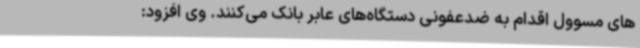
های مسوول اقدام به ضدعفونی دستگاه‌های عابر بانک می‌کنند. وی افزود: